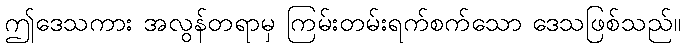
ဤဒေသကား အလွန်တရာမှ ကြမ်းတမ်းရက်စက်သော ဒေသဖြစ်သည်။